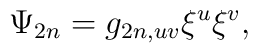
\Psi _{2n}=g_{2n,uv}\xi ^{u}\xi ^{v},